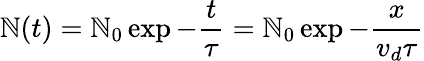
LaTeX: \mathbb{N}(t)=\mathbb{N}_{0}\exp{-\frac{{t}}{{\tau}}}=\mathbb{N}_{0}\exp{-\frac{{x}}{{v_{d}\tau}}}